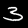
Digit: 3